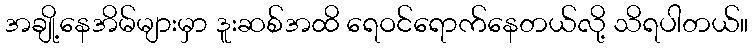
အချို့နေအိမ်များမှာ ဒူးဆစ်အထိ ရေဝင်ရောက်နေတယ်လို့ သိရပါတယ်။